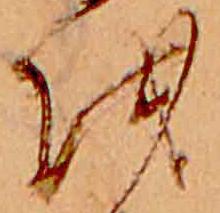
を